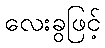
လေးခွဖြင့်